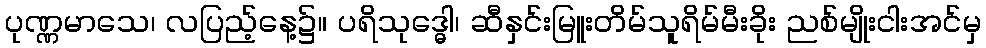
ပုဏ္ဏမာသေ၊ လပြည့်နေ့၌။ ပရိသုဒ္ဓေါ၊ ဆီနှင်းမြူးတိမ်သူရိမ်မီးခိုး ညစ်မျိုးငါးအင်မှ